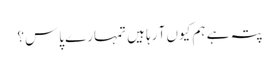
پتہ ہے ہم کیوں آ رہا ہیں تمہارے پاس؟